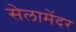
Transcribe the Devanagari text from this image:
सेलामेंदर